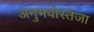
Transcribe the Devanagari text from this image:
अनुभवोस्तेजा